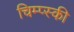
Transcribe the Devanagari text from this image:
चिम्प्स्की